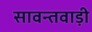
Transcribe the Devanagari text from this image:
सावन्तवाड़ी